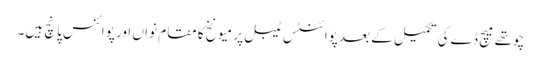
چوتھے میچ ڈے کی تکمیل کے بعد پوائنٹس ٹیبل پر میونخ کا مقام نواں اور پوائنس پانچ ہیں۔